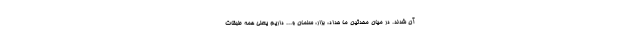
آن شدند. در میان محدثین ما حداد، بزار، سلمان و... داریم یعنی همه طبقات